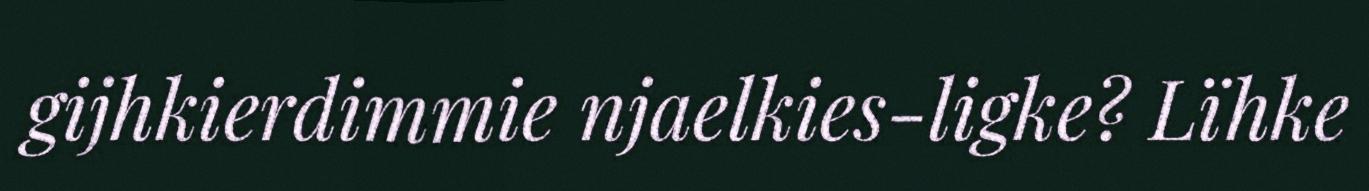
gijhkierdimmie njaelkies-ligke? Lïhke